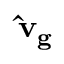
\mathbf { \hat { v } _ { g } }